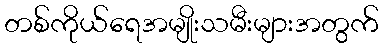
တစ်ကိုယ်ရေအမျိုးသမီးများအတွက်